Indian journal of veterinary science and animal husbandry - Volume 1,
Year: 1931
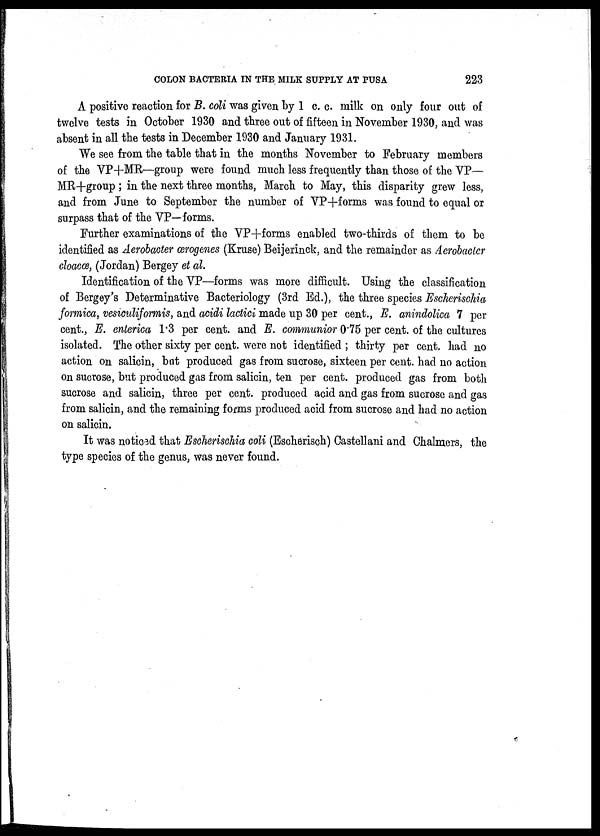
COLON BACTERIA IN THE MILK SUPPLY AT PUSA
223
A positive reaction for B. coli was given by 1 c. c. milk on only four out of
twelve tests in October 1930 and three out of fifteen in November 1930, and was
absent in all the tests in December 1930 and January 1931.
We see from the table that in the months November to February members
of the VP+MR—group were found much less frequently than those of the VP—
MR+group ; in the next three months, March to May, this disparity grew less,
and from June to September the number of VP+forms was found to equal or
surpass that of the VP—forms.
Further examinations of the VP+forms enabled two-thirds of them to be
identified as Aerobacter œrogenes (Kruse) Beijerinck, and the remainder as Aerobacler
cloacœ, (Jordan) Bergey et al.
Identification of the VP—forms was more difficult. Using the classification
of Bergey's Determinative Bacteriology (3rd Ed.), the three species Escherischia
formica, vesiculiformis, and acidi lactici made up 30 per cent., E. anindolica 7 per
cent., E. enterica 1.3 per cent. and E. communior 0.75 per cent. of the cultures
isolated. The other sixty per cent. were not identified ; thirty per cent. had no
action on salicin, but produced gas from sucrose, sixteen per cent. had no action
on sucrose, but produced gas from salicin, ten per cent. produced gas from both
sucrose and salicin, three per cent. produced acid and gas from sucrose and gas
from salicin, and the remaining forms produced acid from sucrose and had no action
on salicin.
It was noticed that Escherischia coli (Escherisch) Castellani and Chalmers, the
type species of the genus, was never found.